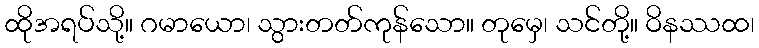
ထိုအရပ်သို့။ ဂမာယော၊ သွားတတ်ကုန်သော။ တုမှေ၊ သင်တို့။ ဝိနဿထ၊